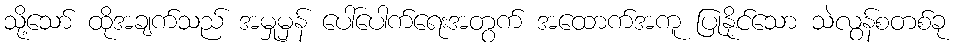
သို့သော် ထိုအချက်သည် အမှုမှန် ပေါ်ပေါက်ရေးအတွက် အထောက်အကူ ပြုနိုင်သော သဲလွန်စတစ်ခု